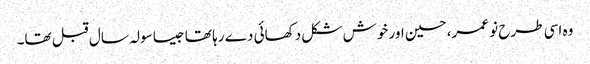
وہ اسی طرح نو عمر، حسین اور خوش شکل دکھائی دے رہا تھا جیسا سولہ سال قبل تھا۔